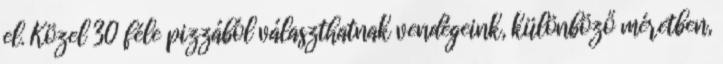
el. Közel 30 féle pizzából választhatnak vendégeink, különböző méretben,